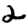
Digit: 2